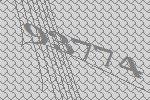
93774